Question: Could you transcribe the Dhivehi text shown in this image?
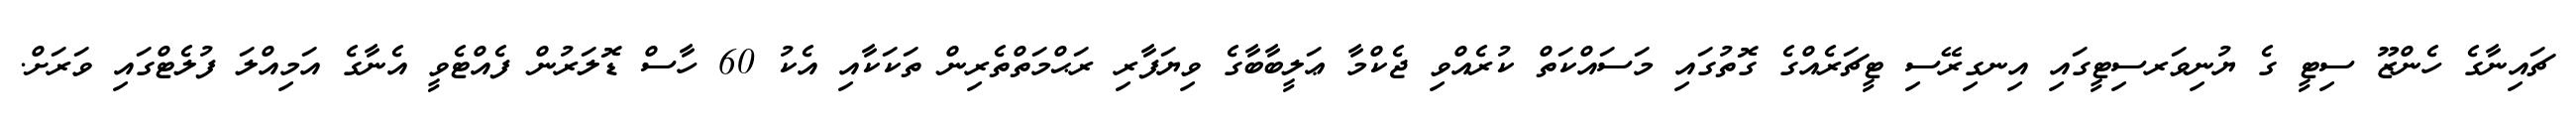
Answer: ޗައިނާގެ ހެންޒޫ ސިޓީ ގެ ޔުނިވަރސިޓީގައި އިނގިރޭސި ޓީޗަރެއްގެ ގޮތުގައި މަސައްކަތް ކުރެއްވި ޖެކްމާ ޢަލީބާބާގެ ވިޔަފާރި ރަޙްމަތްތެރިން ތަކަކާއި އެކު 60 ހާސް ޑޮލަރުން ފެއްޓެވީ އެނާގެ އަމިއްލަ ފުލެޓްގައި ވަރަށް.